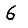
Digit: 6